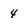
Character: 4